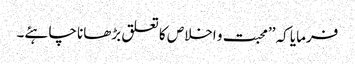
فرمایا کہ ’’محبت و اخلاص کا تعلق بڑھانا چاہئے۔